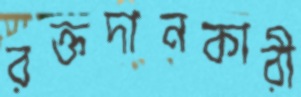
রক্তদানকারী